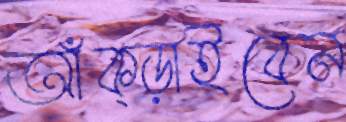
আঁক্‌ড়াইবেন